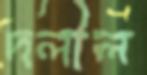
দলীল